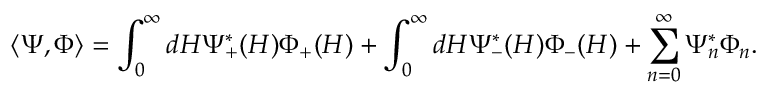
\langle \Psi , \Phi \rangle = \int _ { 0 } ^ { \infty } d H \Psi _ { + } ^ { * } ( H ) \Phi _ { + } ( H ) + \int _ { 0 } ^ { \infty } d H \Psi _ { - } ^ { * } ( H ) \Phi _ { - } ( H ) + \sum _ { n = 0 } ^ { \infty } \Psi _ { n } ^ { * } \Phi _ { n } .